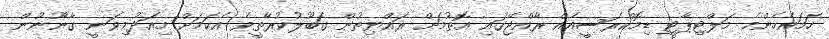
ހަމައެހެންމެ މަލްޓިޕާޓީ ޑިމޮކްރަސީއެއް ރާއްޖޭގައި އޮތުމަށް ރައްޔިތުން ގަބޫލުކުރާތީވެ އެކަމަށް މިއަދުމިވަނީ ގާނޫނުން